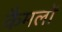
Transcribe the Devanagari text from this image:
कैमलों